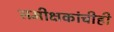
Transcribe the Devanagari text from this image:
समीक्षकांचीही